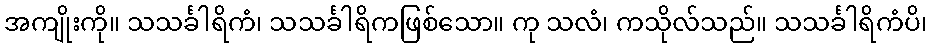
အကျိုးကို။ သသင်္ခါရိကံ၊ သသင်္ခါရိကဖြစ်သော။ ကု သလံ၊ ကသိုလ်သည်။ သသင်္ခါရိကံပိ၊